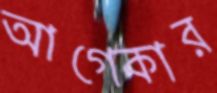
আগেকার